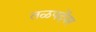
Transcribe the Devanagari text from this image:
तळपदेंवर